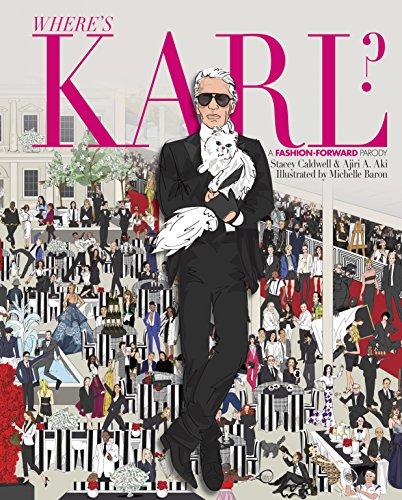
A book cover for Where's Karl?: A Fashion-Forward Parody; Stacey Caldwell; Humor & Entertainment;